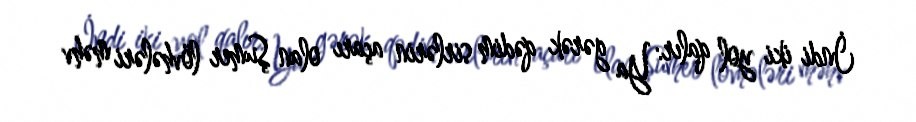
İndi iki yol qalır: Ya gərək qədim sirlərin açarı olan Şumer lövhələri məhv